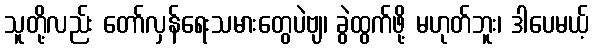
သူတို့လည်း တော်လှန်ရေးသမားတွေပဲဗျ၊ ခွဲထွက်ဖို့ မဟုတ်ဘူး၊ ဒါပေမယ့်